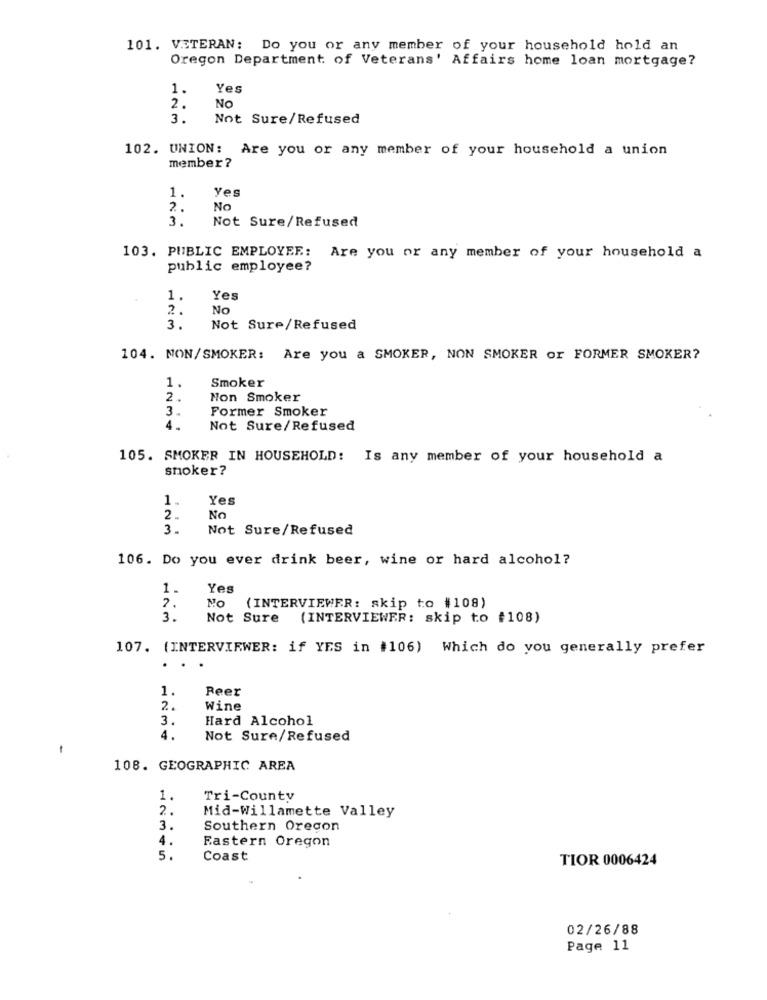
101. VETERAN: Do you or any member of your household hold an
Oregon Department of Veterans' Affairs home loan mortgage?
1.
Yes
2.
NO
3.
Not Sure/Refused
102. UNION: Are you or any member of your household a union
member?
Yes
1.
2.
No
3.
Not Sure/Refused
103. PUBLIC EMPLOYEE: Are you or any member of your household a
public employee?
1.
Yes
2.
No
3.
Not Sure/Refused
104. MON/SMOKER: Are you a SMOKER, NON SMOKER or FORMER SMOKER?
1.
Smoker
2.
Non Smoker
3.
Former Smoker
4.
Not Sure/Refused
105. SMOKER IN HOUSEHOLD: Is any member of your household a
smoker?
1.
Yes
2.
No
3.
Not Sure/Refused
106. Do you ever drink beer, wine or hard alcohol?
1.
Yes
No
2.
(INTERVIEWER: skip to #108)
3.
Not Sure
(INTERVIEWER: skip to #108)
107. (INTERVIEWER: if YES in #106) Which do you generally prefer
.
1.
Peer
2.
Wine
3.
Hard Alcohol
4.
Not Sure/Refused
-
108. GEOGRAPHIC AREA
1.
Tri-County
2.
Mid-Willamette Valley
3.
Southern Orecon
4.
Eastern Oregon
5.
Coast
TIOR 0006424
02/26/88
Page 11